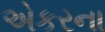
એકરના